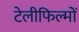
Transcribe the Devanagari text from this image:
टेलीफिल्मों